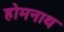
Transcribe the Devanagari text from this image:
होमनाथ